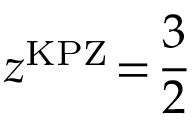
z ^ { \mathrm { K P Z } } \! = \! \frac { 3 } { 2 }